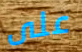
على